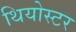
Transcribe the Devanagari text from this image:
थियोस्टर